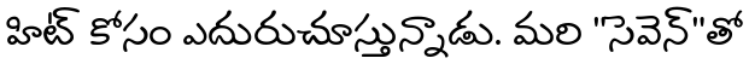
హిట్ కోసం ఎదురుచూస్తున్నాడు. మరి "సెవెన్"తో